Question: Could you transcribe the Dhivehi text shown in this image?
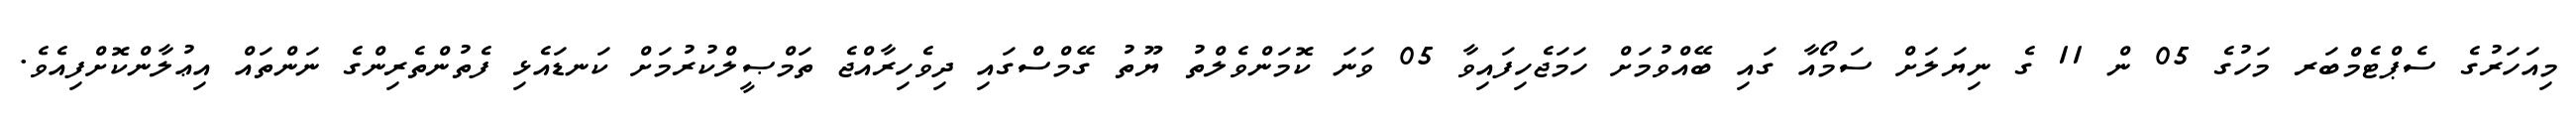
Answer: މިއަހަރުގެ ސެޕްޓެމްބަރ މަހުގެ 05 ން 11 ގެ ނިޔަލަށް ސަމޯއާ ގައި ބޭއްވުމަށް ހަމަޖެހިފައިވާ 05 ވަނަ ކޮމަންވެލްތު ޔޫތު ގޭމްސްގައި ދިވެހިރާއްޖެ ތަމްޞީލްކުރުމަށް ކަނޑައެޅި ފެތުންތެރިންގެ ނަންތައް އިޢުލާންކޮށްފިއެވެ.